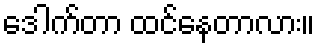
ဒေါက်တာ ထင်နေတာလား။